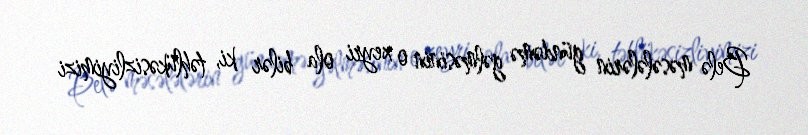
Belə məsələlərin gündəmə gəlməsinin o xeyri ola bilər ki, təhlükəsizliyimizi